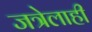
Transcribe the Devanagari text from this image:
जत्रेलाही